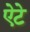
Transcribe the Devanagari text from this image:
ऐटे